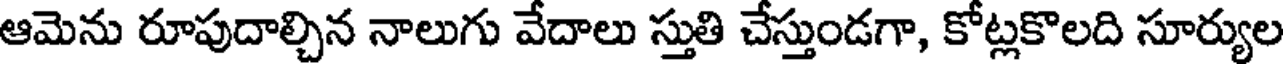
ఆమెను రూపుదాల్చిన నాలుగు వేదాలు స్తుతి చేస్తుండగా, కోట్లకొలది సూర్యుల